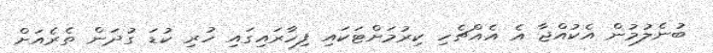
ބުނެލުމުން އެކުއްޖާ އެ އެއްޗެހި ކިރުމަށްޓަކައި ފިހާރައިގައި ހުރި ކުޑަ ގުދަން ތެރެއަށް